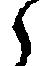
々